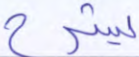
يشرح